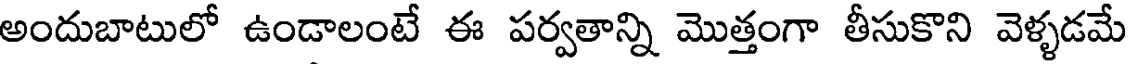
అందుబాటులో ఉండాలంటే ఈ పర్వతాన్ని మొత్తంగా తీసుకొని వెళ్ళడమే